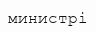
министрі